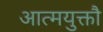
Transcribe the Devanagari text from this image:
आत्मयुक्तौ